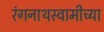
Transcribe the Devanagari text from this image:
रंगनाथस्वामीच्या